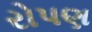
રોપણ